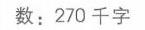
数：270 千字